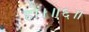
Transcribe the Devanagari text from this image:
हों।॥६॥